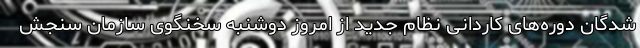
شدگان دوره‌های کاردانی نظام جدید از امروز دوشنبه سخنگوی سازمان سنجش